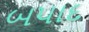
બપાદ